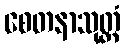
စေတနာသုတ္တံ